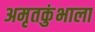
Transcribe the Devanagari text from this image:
अमृतकुंभाला